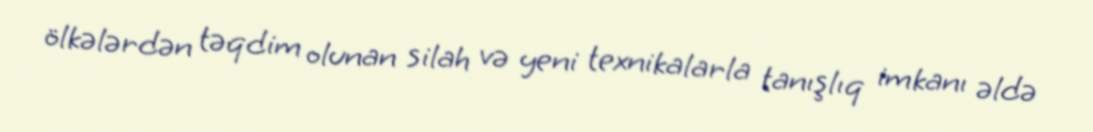
ölkələrdən təqdim olunan silah və yeni texnikalarla tanışlıq imkanı əldə